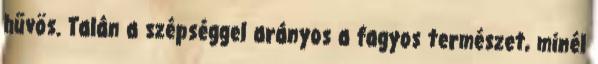
hűvös. Talán a szépséggel arányos a fagyos természet, minél